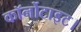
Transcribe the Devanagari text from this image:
कॉर्नोटाइट।